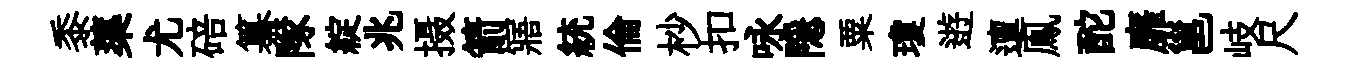
黍蕖尤碚纂隊綻兆摄箭寤統倫杪扣咏隠粟瓊逰邅鳯酡靡邕岐尺